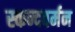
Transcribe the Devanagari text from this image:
स्कन्दवर्मन